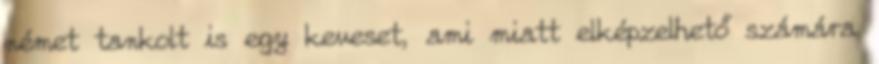
német tankolt is egy keveset, ami miatt elképzelhető számára